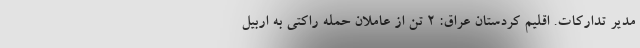
مدیر تدارکات. اقلیم کردستان عراق: ۲ تن از عاملان حمله راکتی به اربیل